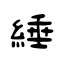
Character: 綞